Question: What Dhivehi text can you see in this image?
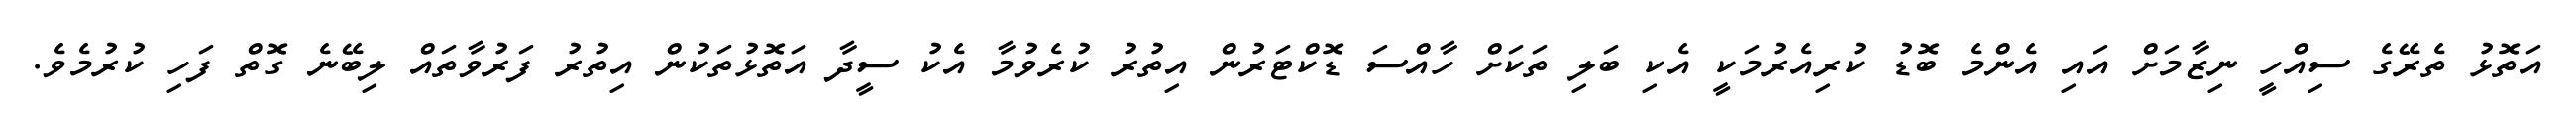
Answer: އަތޮޅު ތެރޭގެ ސިއްހީ ނިޒާމަށް އައި އެންމެ ބޮޑު ކުރިއެރުމަކީ އެކި ބަލި ތަކަށް ހާއްސަ ޑޮކްޓަރުން އިތުރު ކުރެވުމާ އެކު ސީދާ އަތޮޅުތަކުން އިތުރު ފަރުވާތައް ލިބޭނެ ގޮތް ފަހި ކުރުމެވެ.